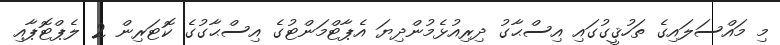
މި މައްސަލައިގެ ތަހުޤީގުގައި އިސްޙާގު ދިރިއުޅެމުންދިޔަ އެޕާޓްމަންޓުގެ އިސްޙާގުގެ ކޮޓަރިން 2 ލެޕްޓޮޕާއި